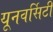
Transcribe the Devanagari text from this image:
यूनवर्सिटी